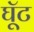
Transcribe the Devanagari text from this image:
घूॅट